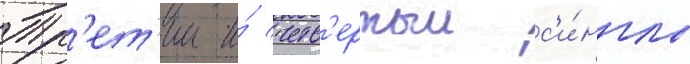
Тр'ет'ии и́ четв'ертыи с'и́нглы